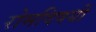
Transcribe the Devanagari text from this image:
रोमविषयी